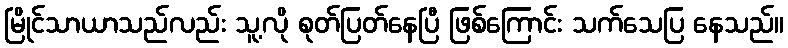
မြိုင်သာယာသည်လည်း သူ့လို စုတ်ပြတ်နေပြီ ဖြစ်ကြောင်း သက်သေပြ နေသည်။